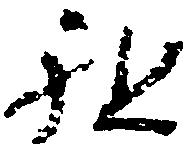
祖